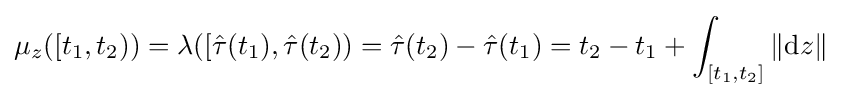
\mu _{z}([t_{1},t_{2}))=\lambda ([{\hat {\tau }}(t_{1}),{\hat {\tau }}(t_{2}))={\hat {\tau }}(t_{2})-{\hat {\tau }}(t_{1})=t_{2}-t_{1}+\int _{[t_{1},t_{2}]}\|\mathrm {d} z\|